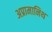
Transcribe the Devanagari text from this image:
अप्रामानिथ